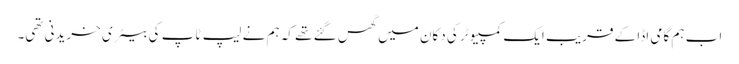
اب ہم گامی اڈا کے قریب ایک کمپیوٹر کی دکان میں گھس گئے تھے کہ ہم نے لیپ ٹاپ کی بیٹری خریدنی تھی۔